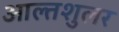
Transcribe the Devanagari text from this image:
आल्तशुलर